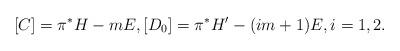
LaTeX: \begin{align*} [C] = \pi^*H-mE, [D_0] = \pi^*H'-(im+1)E, i=1,2.\end{align*}